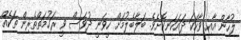
ލުހާން އާއި ވާހަކަ ދައަކަނިކޮށެވެ. ބަލާބެލުމަށް ހީވަނީ ދުވަސް ވީ ރަހުމަތްތެރިން ތަކެއް